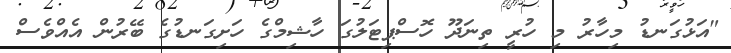
"އަޅުގަނޑު މިހާރު މި ހުރީ ތިނަދޫ ހޮސްޕިޓަލުގަ ހާޝިމްގެ ހަށިގަނޑުގެ ބޭރުން އެއްވެސް